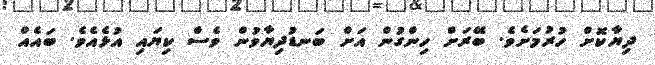
ދިޔާކޮށް ހުރުމަށެވެ. ބޭރަށް ހިންގުން އަށް ބަނޑުދިޔާވުން ވެސް ކިޔައި އުޅެއެވެ. ބައެއް